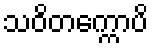
သဝိတက္ကောပိ